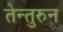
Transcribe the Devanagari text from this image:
तेन्तुरुन